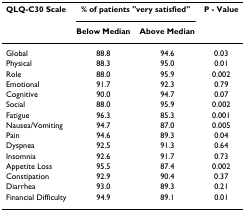
<table><thead><tr><td><b>QLQ-C30 Scale</b></td><td colspan="2"><b>% of patients &quot;very satisfied&quot;</b></td><td><b>P - Value</b></td></tr><tr><td></td><td><b>Below Median</b></td><td><b>Above Median</b></td><td></td></tr></thead><tbody><tr><td>Global</td><td>88.8</td><td>94.6</td><td>0.03</td></tr><tr><td>Physical</td><td>88.3</td><td>95.0</td><td>0.01</td></tr><tr><td>Role</td><td>88.0</td><td>95.9</td><td>0.002</td></tr><tr><td>Emotional</td><td>91.7</td><td>92.3</td><td>0.79</td></tr><tr><td>Cognitive</td><td>90.0</td><td>94.7</td><td>0.07</td></tr><tr><td>Social</td><td>88.0</td><td>95.9</td><td>0.002</td></tr><tr><td>Fatigue</td><td>96.3</td><td>85.3</td><td>0.001</td></tr><tr><td>Nausea/Vomiting</td><td>94.7</td><td>87.0</td><td>0.005</td></tr><tr><td>Pain</td><td>94.6</td><td>89.3</td><td>0.04</td></tr><tr><td>Dyspnea</td><td>92.5</td><td>91.3</td><td>0.64</td></tr><tr><td>Insomnia</td><td>92.6</td><td>91.7</td><td>0.73</td></tr><tr><td>Appetite Loss</td><td>95.5</td><td>87.4</td><td>0.002</td></tr><tr><td>Constipation</td><td>92.9</td><td>90.4</td><td>0.37</td></tr><tr><td>Diarrhea</td><td>93.0</td><td>89.3</td><td>0.21</td></tr><tr><td>Financial Difficulty</td><td>94.9</td><td>89.1</td><td>0.01</td></tr></tbody></table>